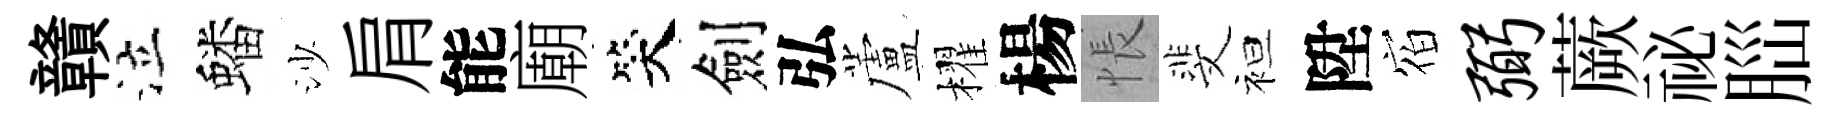
贛泣蟠沙肩能廟笑劍弘蘆櫂楊悵斐袒陞𪧐弼蕨祕𦛁